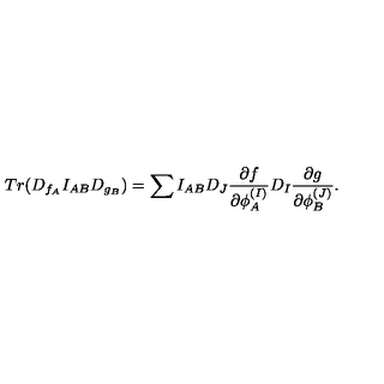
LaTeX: T r ( D _ { f _ { A } } I _ { A B } D _ { g _ { B } } ) = \sum I _ { A B } D _ { J } { \frac { \partial f } { \partial \phi _ { A } ^ { ( I ) } } } D _ { I } { \frac { \partial g } { \partial \phi _ { B } ^ { ( J ) } } } .